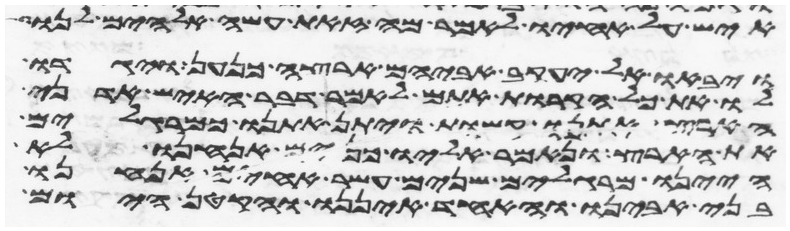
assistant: איש על אחיו לאמר מה זאת עשה אלהים לנו
ויבאו אל יעקב אביהם ארצה כנען ויגדו
לו את כל הקרות אתם לאמר דבר האיש אדני
הארץ אתנו קשות ויתן אתנו כמרגלים
את הארץ ונאמר אליו כנים אנחנו לא
היינו מרגלים שנים עשר אחים אנחנו
בני אבינו והאחד איננו והקטן היום